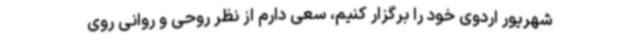
شهریور اردوی خود را برگزار کنیم، سعی دارم از نظر روحی و روانی روی